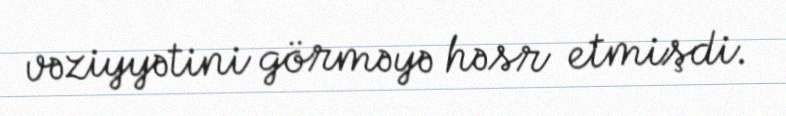
vəziyyətini görməyə həsr etmişdi.